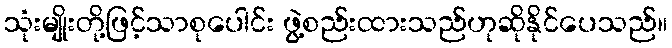
သုံးမျိုးတို့ဖြင့်သာစုပေါင်း ဖွဲ့စည်းထားသည်ဟုဆိုနိုင်ပေသည်။